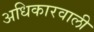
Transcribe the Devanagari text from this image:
अधिकारवाली